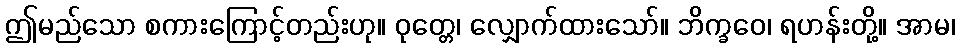
ဤမည်သော စကားကြောင့်တည်းဟု။ ဝုတ္တေ၊ လျှောက်ထားသော်။ ဘိက္ခဝေ၊ ရဟန်းတို့။ အာမ၊